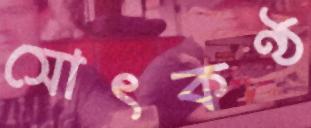
সোৎকণ্ঠ